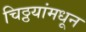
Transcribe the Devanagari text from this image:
चिठ्ठयांमधून